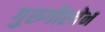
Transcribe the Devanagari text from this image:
गुरुगौरवेन